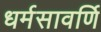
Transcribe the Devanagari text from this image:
धर्मसावर्णि